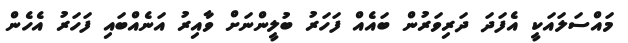
މައްސަލައަކީ އެފަދަ ދަރިވަރުން ބައެއް ފަހަރު ބުލީންނަށް ވާއިރު އަނެއްބައި ފަހަރު އެހެން